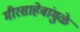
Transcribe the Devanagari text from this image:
मीरसाहेबांमुळे